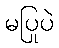
မပြုပဲ